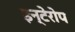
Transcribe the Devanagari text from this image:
इन्टेरोप